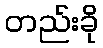
တည်းခို